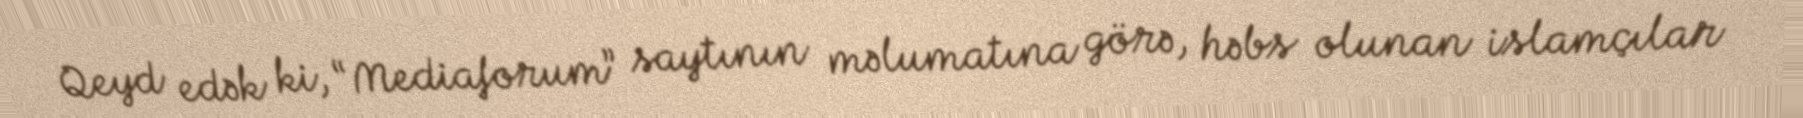
Qeyd edək ki, “Mediaforum” saytının məlumatına görə, həbs olunan islamçılar